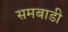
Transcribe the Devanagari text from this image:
समबाडी